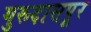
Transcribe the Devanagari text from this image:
गुरूदासपूर